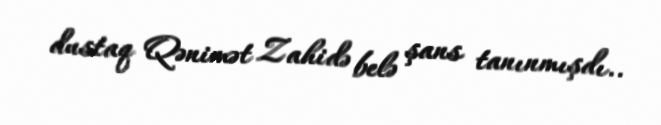
dustaq Qənimət Zahidə belə şans tanınmışdı..